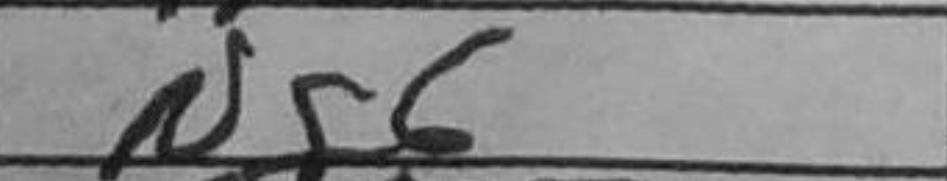
Transcription: Ng6